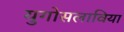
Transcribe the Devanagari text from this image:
युगोसलाविया